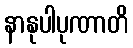
နာနုပါပုဏာတိ